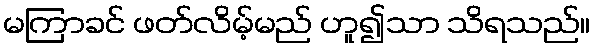
မကြာခင် ဖတ်လိမ့်မည် ဟူ၍သာ သိရသည်။